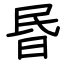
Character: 昬